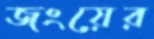
জংয়ের